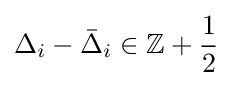
\Delta _{i}-{\bar {\Delta }}_{i}\in \mathbb {Z} +{\frac {1}{2}}